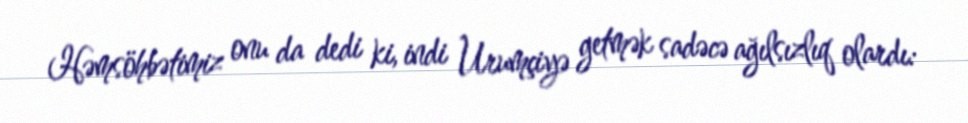
Həmsöhbətimiz onu da dedi ki, indi Urumçiyə getmək sadəcə ağılsızlıq olardı: